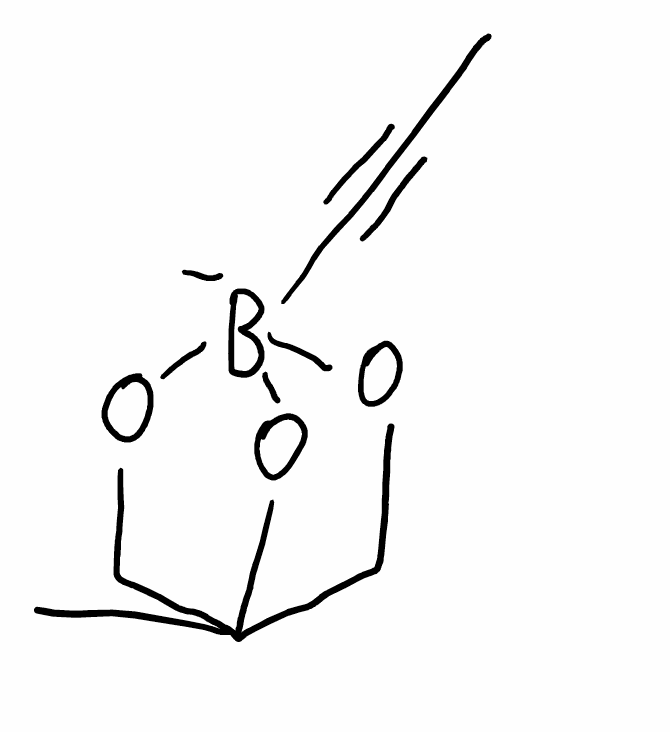
Simplified molecular-input line-entry system (SMILES) notation of the given molecule:
[B-]12(OCC(CO1)(CO2)C)C#CC